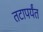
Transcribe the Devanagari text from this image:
तटापर्यंत